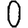
Digit: 0